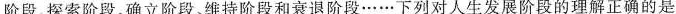
阶段、探索阶段、确立阶段、维持阶段和衰退阶段……下列对人生发展阶段的理解正确的是